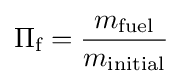
\Pi _{\text{f}}={\frac {m_{\text{fuel}}}{m_{\text{initial}}}}